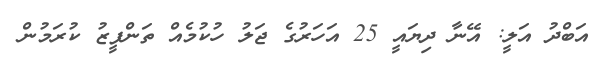
އަބްދު އަލީ: އޭނާ ދިޔައީ 25 އަހަރުގެ ޖަލު ހުކުމެއް ތަންފީޒު ކުރަމުން